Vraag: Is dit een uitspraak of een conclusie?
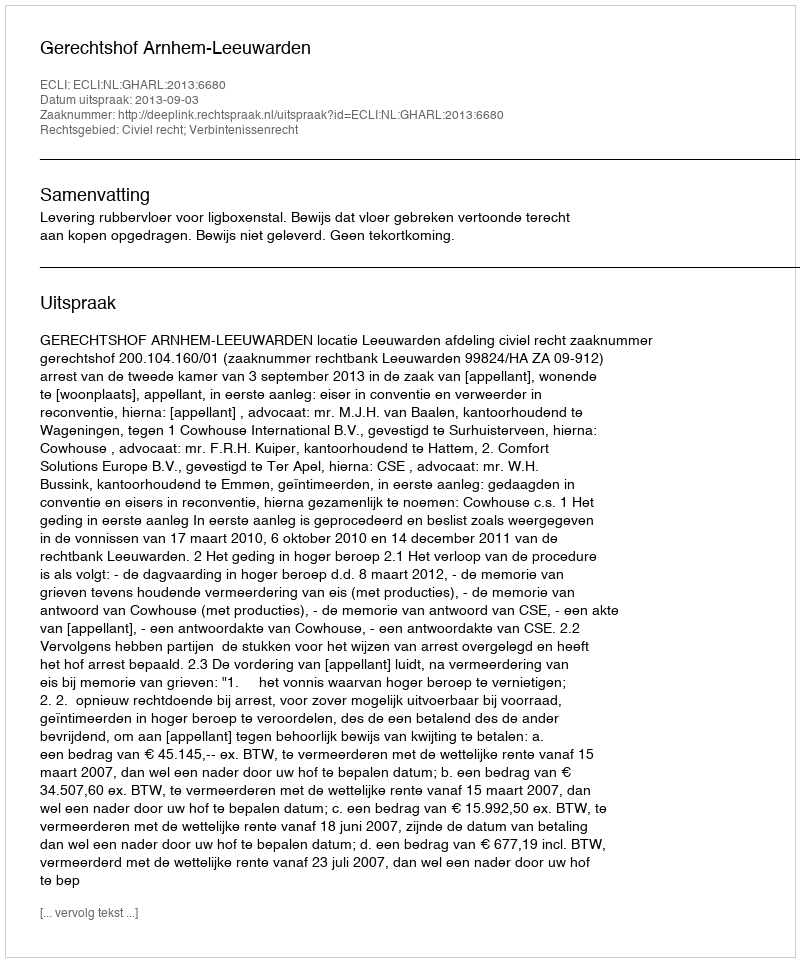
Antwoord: Uitspraak